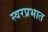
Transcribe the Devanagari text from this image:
स्वरप्रभात